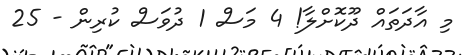
މި އާދަތައް ދޫކޮށްލާ! 4 މަސް 1 ދުވަސް ކުރިން - 25